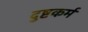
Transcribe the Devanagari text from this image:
दुष्टकर्म